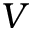
V